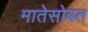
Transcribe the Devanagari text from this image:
मातेसोबत